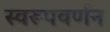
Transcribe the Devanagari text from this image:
स्वरूपवर्णन